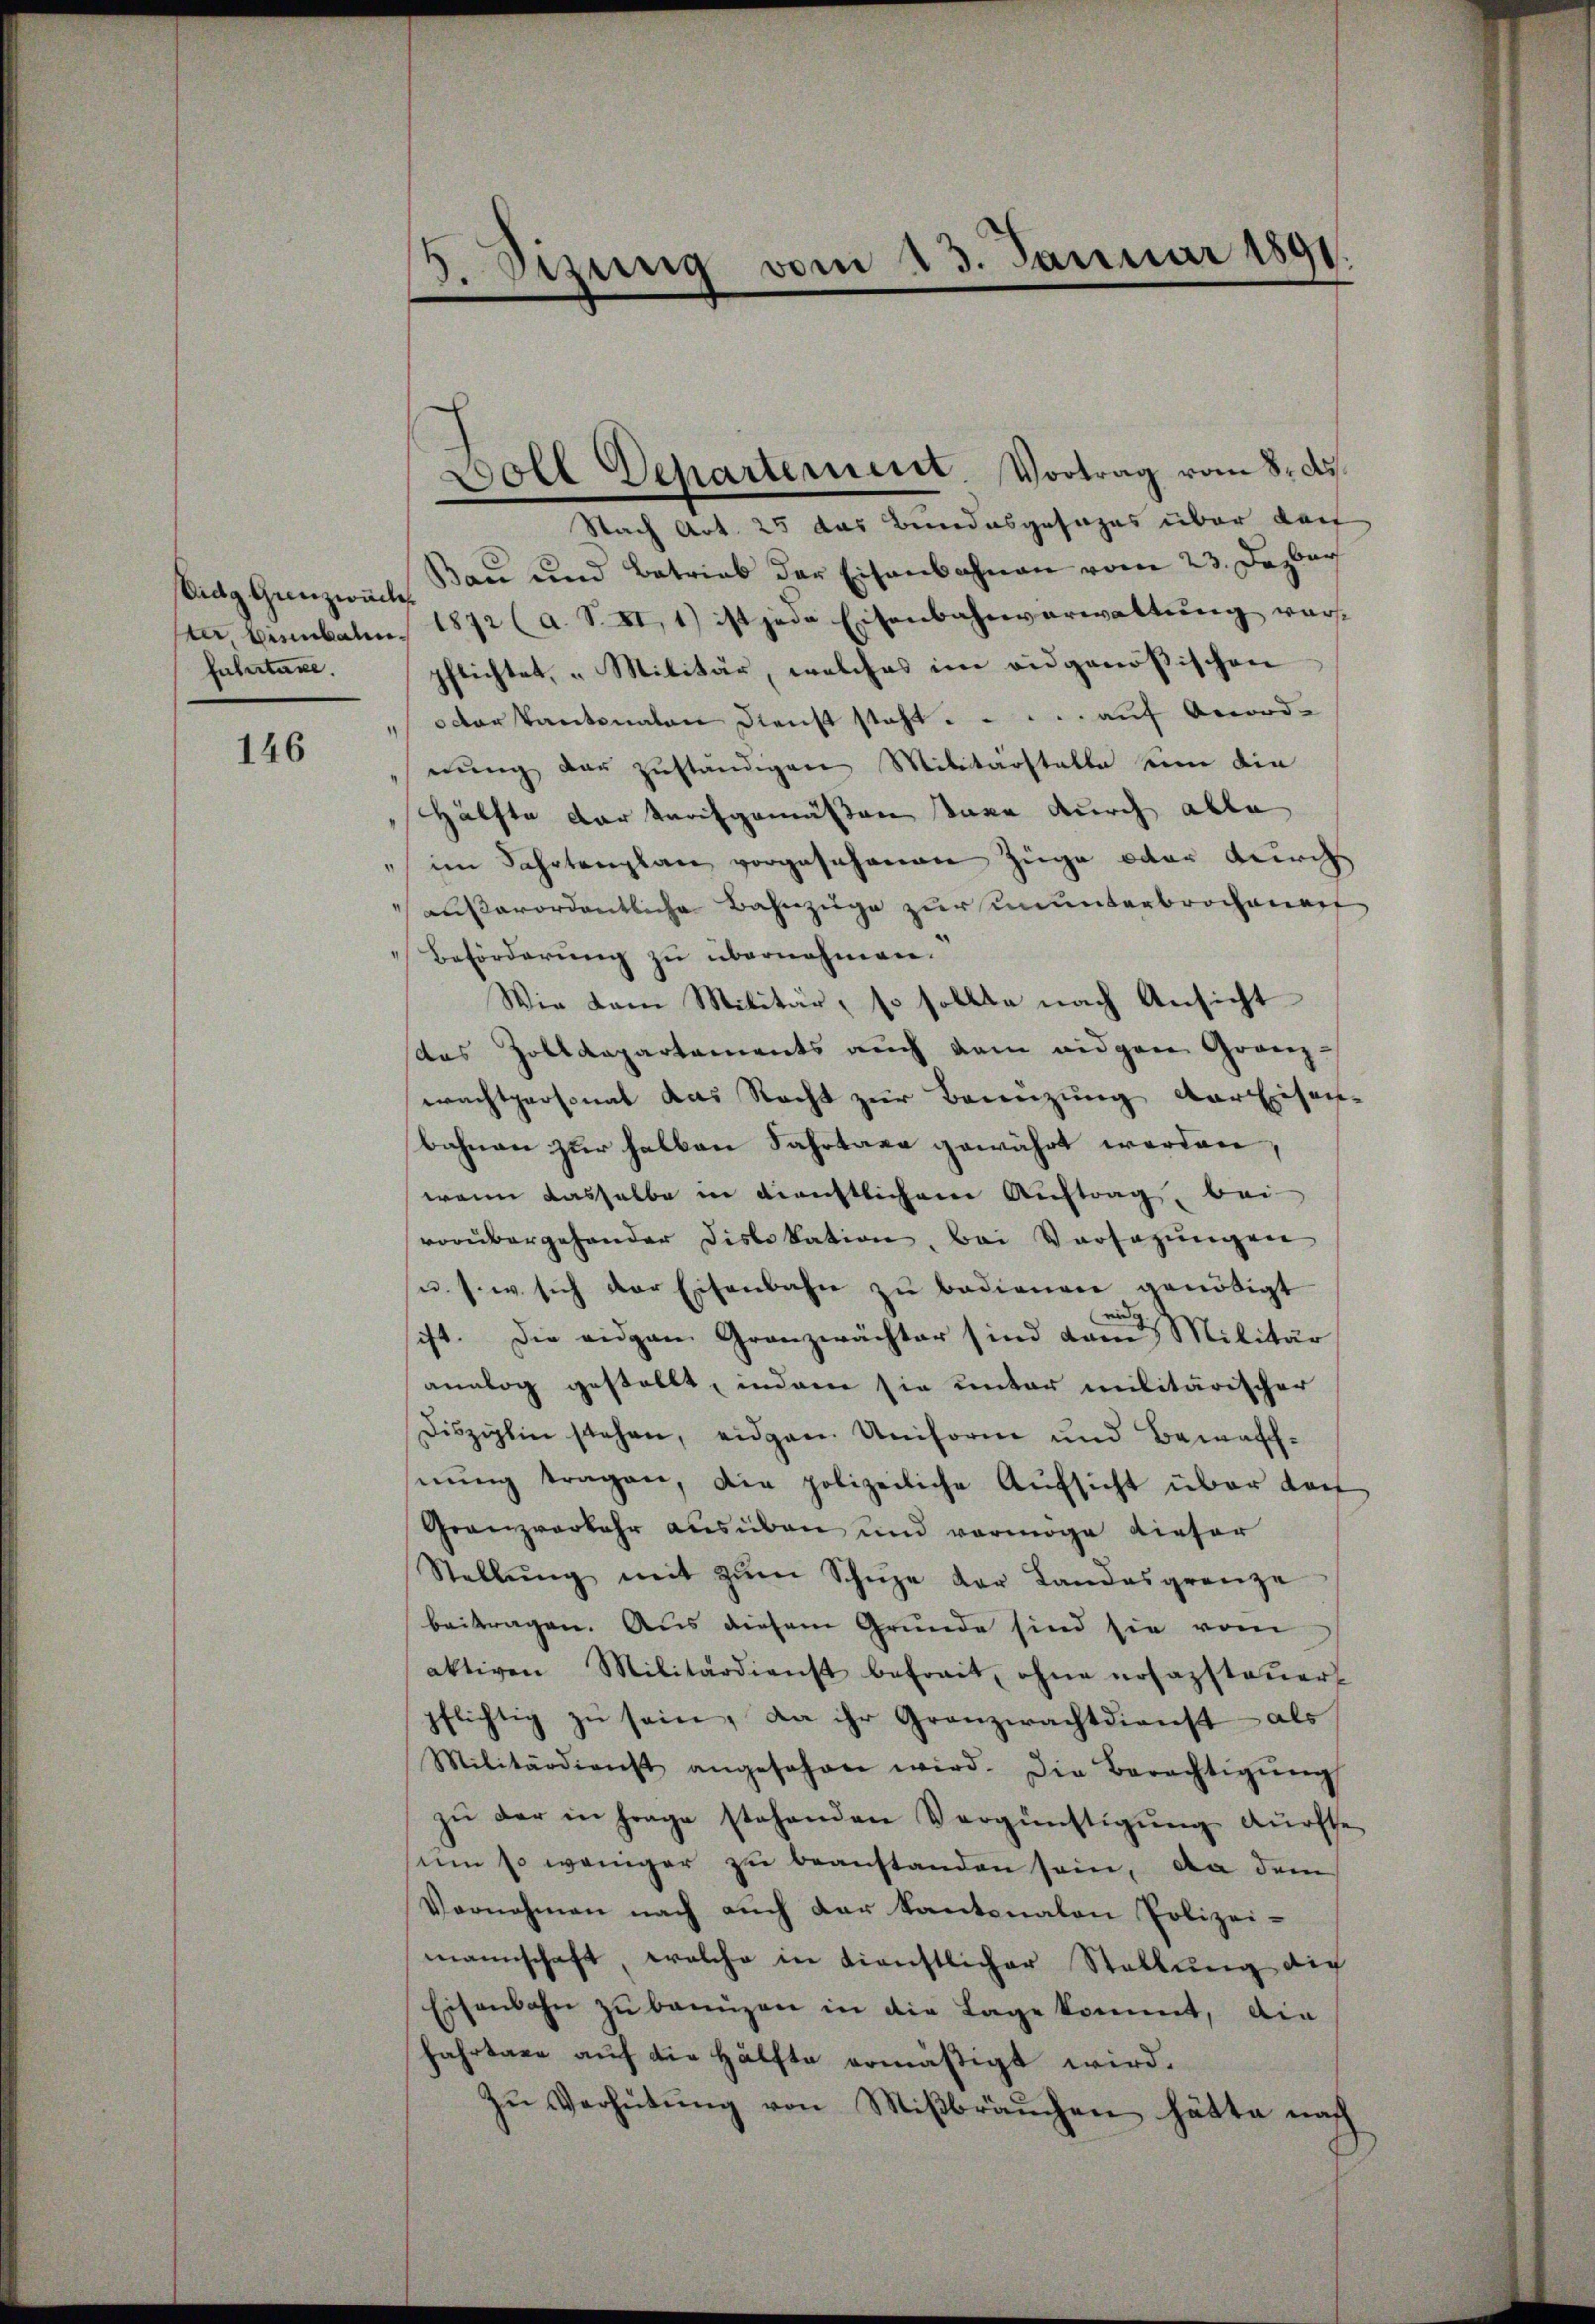
Vidg Grenzwach
fuhrtaxe.

146

Nach Art. 25 das Bundesgesezes über darf
Bau und Betrieb der Eisenbahnen vom 23. Dezber
ster Einbahn 1872 (a. S. XI, 1) ist jede Eisenbahnverwaltung vorpflichtet, „Militär, welches im eidgenößischen
" oder Kantonalen Dienst steht . . . . . auf Anordnung der zuständigen Militärstalte eine die
Hälfte der Tarifgemäßen ane durch alle
" im Fahrtenplan vorgesehenen Züge oder durch
außerordentliche Bahnzüge zur ununterbrochenauf
Beförderung zu übernehmen.
Wie dem Militär, so sollte nach Ansicht
das Zolldepartements auch dem eidgere Granz-
wachtpersonat das Recht zur Benuzung der Eisache
bahnen zur halben Fahrtaxe gewährt werden
wenn dasselbe in dienstlichem Auftrag, bei
vorübergehender Dislokation, bei Versagungen
u. s. w. sich der Eisenbahn zu bedienen genötigt
n
ist. Die eidgan Granzwächter sind dann Militär
analog gestellt, indem sie unter militärischer
Disziplin stehen, eidgen. Uniform und Bemasch-
nŭng tragen, die polizeiliche Aufsicht über das
Granzverkehr ausüben und vermöge dieser
Stellŭng mit zŭm Schüze der Landesgrenze
beitragen. Aus diesem Grunde sind sie vom
aktiven Militärdienst befreit, ohne nosazsteŭer
pflichtig zŭ sein, da ihr Granzwachtdienst als
Militärdienst angesehen wird. Die Berechtigŭng
zŭ der in frage stehenden Vergünstigŭng dürfte
sum so weniger zu beanstanden sein, da dem
Vernehmen nach auch der Kantonaten Polizei-
mannschaft, welche in dienstlicher Stellung die
Eisenbahn zu baunzen in die Lage kommt, die
fahrtaxe auf die Hälfte ermäßigt wird.
Zu Verhütung von Mißbräuchen hätte nach

5. Sizung vom 23. Januar 1891.

Woll Departement. Vortrag vom 8. ds.